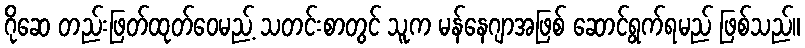
ဂိုဆေ တည်းဖြတ်ထုတ်ဝေမည့် သတင်းစာတွင် သူက မန်နေဂျာအဖြစ် ဆောင်ရွက်ရမည် ဖြစ်သည်။